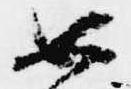
如